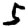
Digit: 5